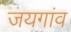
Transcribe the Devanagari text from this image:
जयगांव